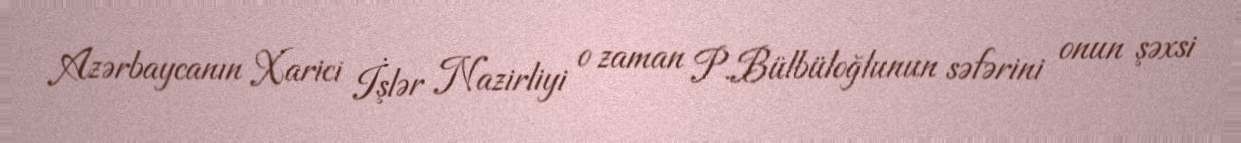
Azərbaycanın Xarici İşlər Nazirliyi o zaman P.Bülbüloğlunun səfərini onun şəxsi